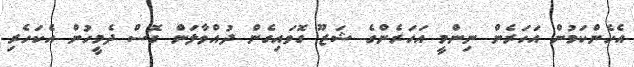
އެހެންކަމުން އަހަރެން ނިންމީ އަހަރެންގެ ޝަޒޫ ގޮވައިގެން ދުއްވާލަން ގޮސް ދެމީހުން އެކަހެރި